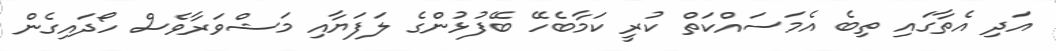
އަދި އެތާގައި ތިބެ އެމަސައްކަތް ކުރީ ކަމާބެހޭ ބޭފުޅުންގެ ލަފަޔާއި މަޝްވަރާވެސް ހޯދައިގެން